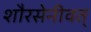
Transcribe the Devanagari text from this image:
शौरसेनीवत्